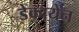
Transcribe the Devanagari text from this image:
डेकायेन